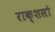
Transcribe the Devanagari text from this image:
राक्शसो